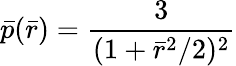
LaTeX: \bar{p}(\bar{r})=\frac{3}{(1+{\bar{r}}^{2}/2)^{2}}